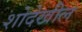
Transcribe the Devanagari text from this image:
शोदेखील